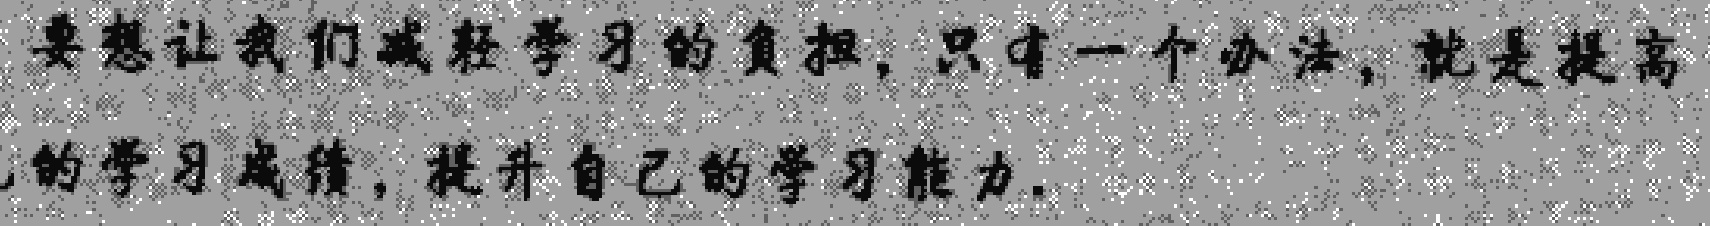
要想让我们减轻学习的负担，只有一个办法，就是提高的学习成绩，提升自己的学习能力.